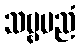
သဗ္ဗမညံ